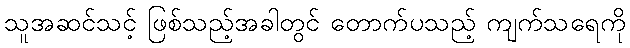
သူအဆင်သင့် ဖြစ်သည့်အခါတွင် တောက်ပသည့် ကျက်သရေကို